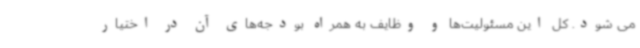
می شود. کل این مسئولیت‌ها و وظایف به همراه بودجه‌های آن در اختیار